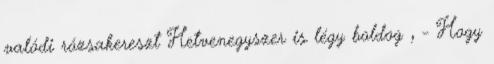
valódi rózsakereszt Hetvenegyszer is légy boldog , - Hogy